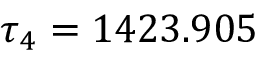
\tau _ { 4 } = 1 4 2 3 . 9 0 5